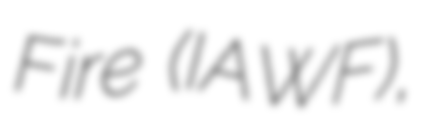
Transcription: Fire (IAWF),